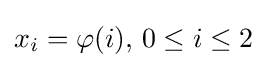
x_{i}=\varphi (i),\,0\leq i\leq 2